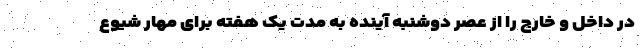
در داخل و خارج را از عصر دوشنبه آینده به مدت یک هفته برای مهار شیوع